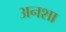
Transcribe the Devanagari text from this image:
अनशा